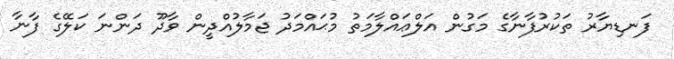
ފަނޑިޔާރު ތަކުރުފާނާގެ މަގުން އަލްޢައްލާމަތު މުޙައްމަދު ޖަމާލުއްދީން ވާދޫ ދަންނަ ކަލޭގެ ފާނާ